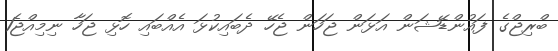
ބްރިޖްގެ ފައުންޑޭޝަން އަޅަން ޖަހަން ޖެހޭ ދެބައިކުޅަ އެއްބައި ހޮޅި ޖަހާ ނިމިއްޖެ1